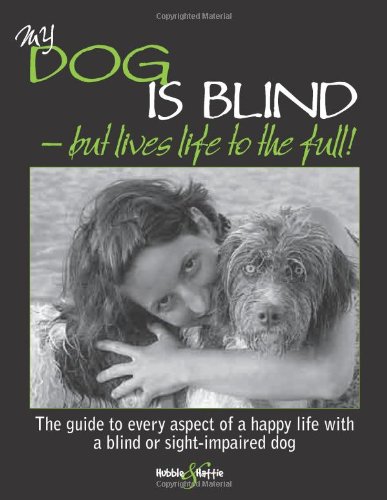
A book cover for My Dog is Blind: But Lives Life to the Full!; Nicole Horsky; Health, Fitness & Dieting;